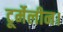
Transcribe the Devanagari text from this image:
टूर्मेलीन।